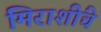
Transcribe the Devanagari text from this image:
मिराशींचे